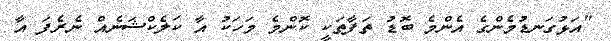
"އަޅުގަނޑުމެންގެ އެންމެ ބޮޑު ތަފާތަކީ ކޮންމެ މަހަކު އާ ކަލެކްޝަނެއް ނެރެފަ އާ